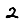
Digit: 2